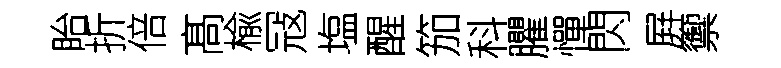
眙折倍髙楡冦塩醒笳科臞憚閃屛籞